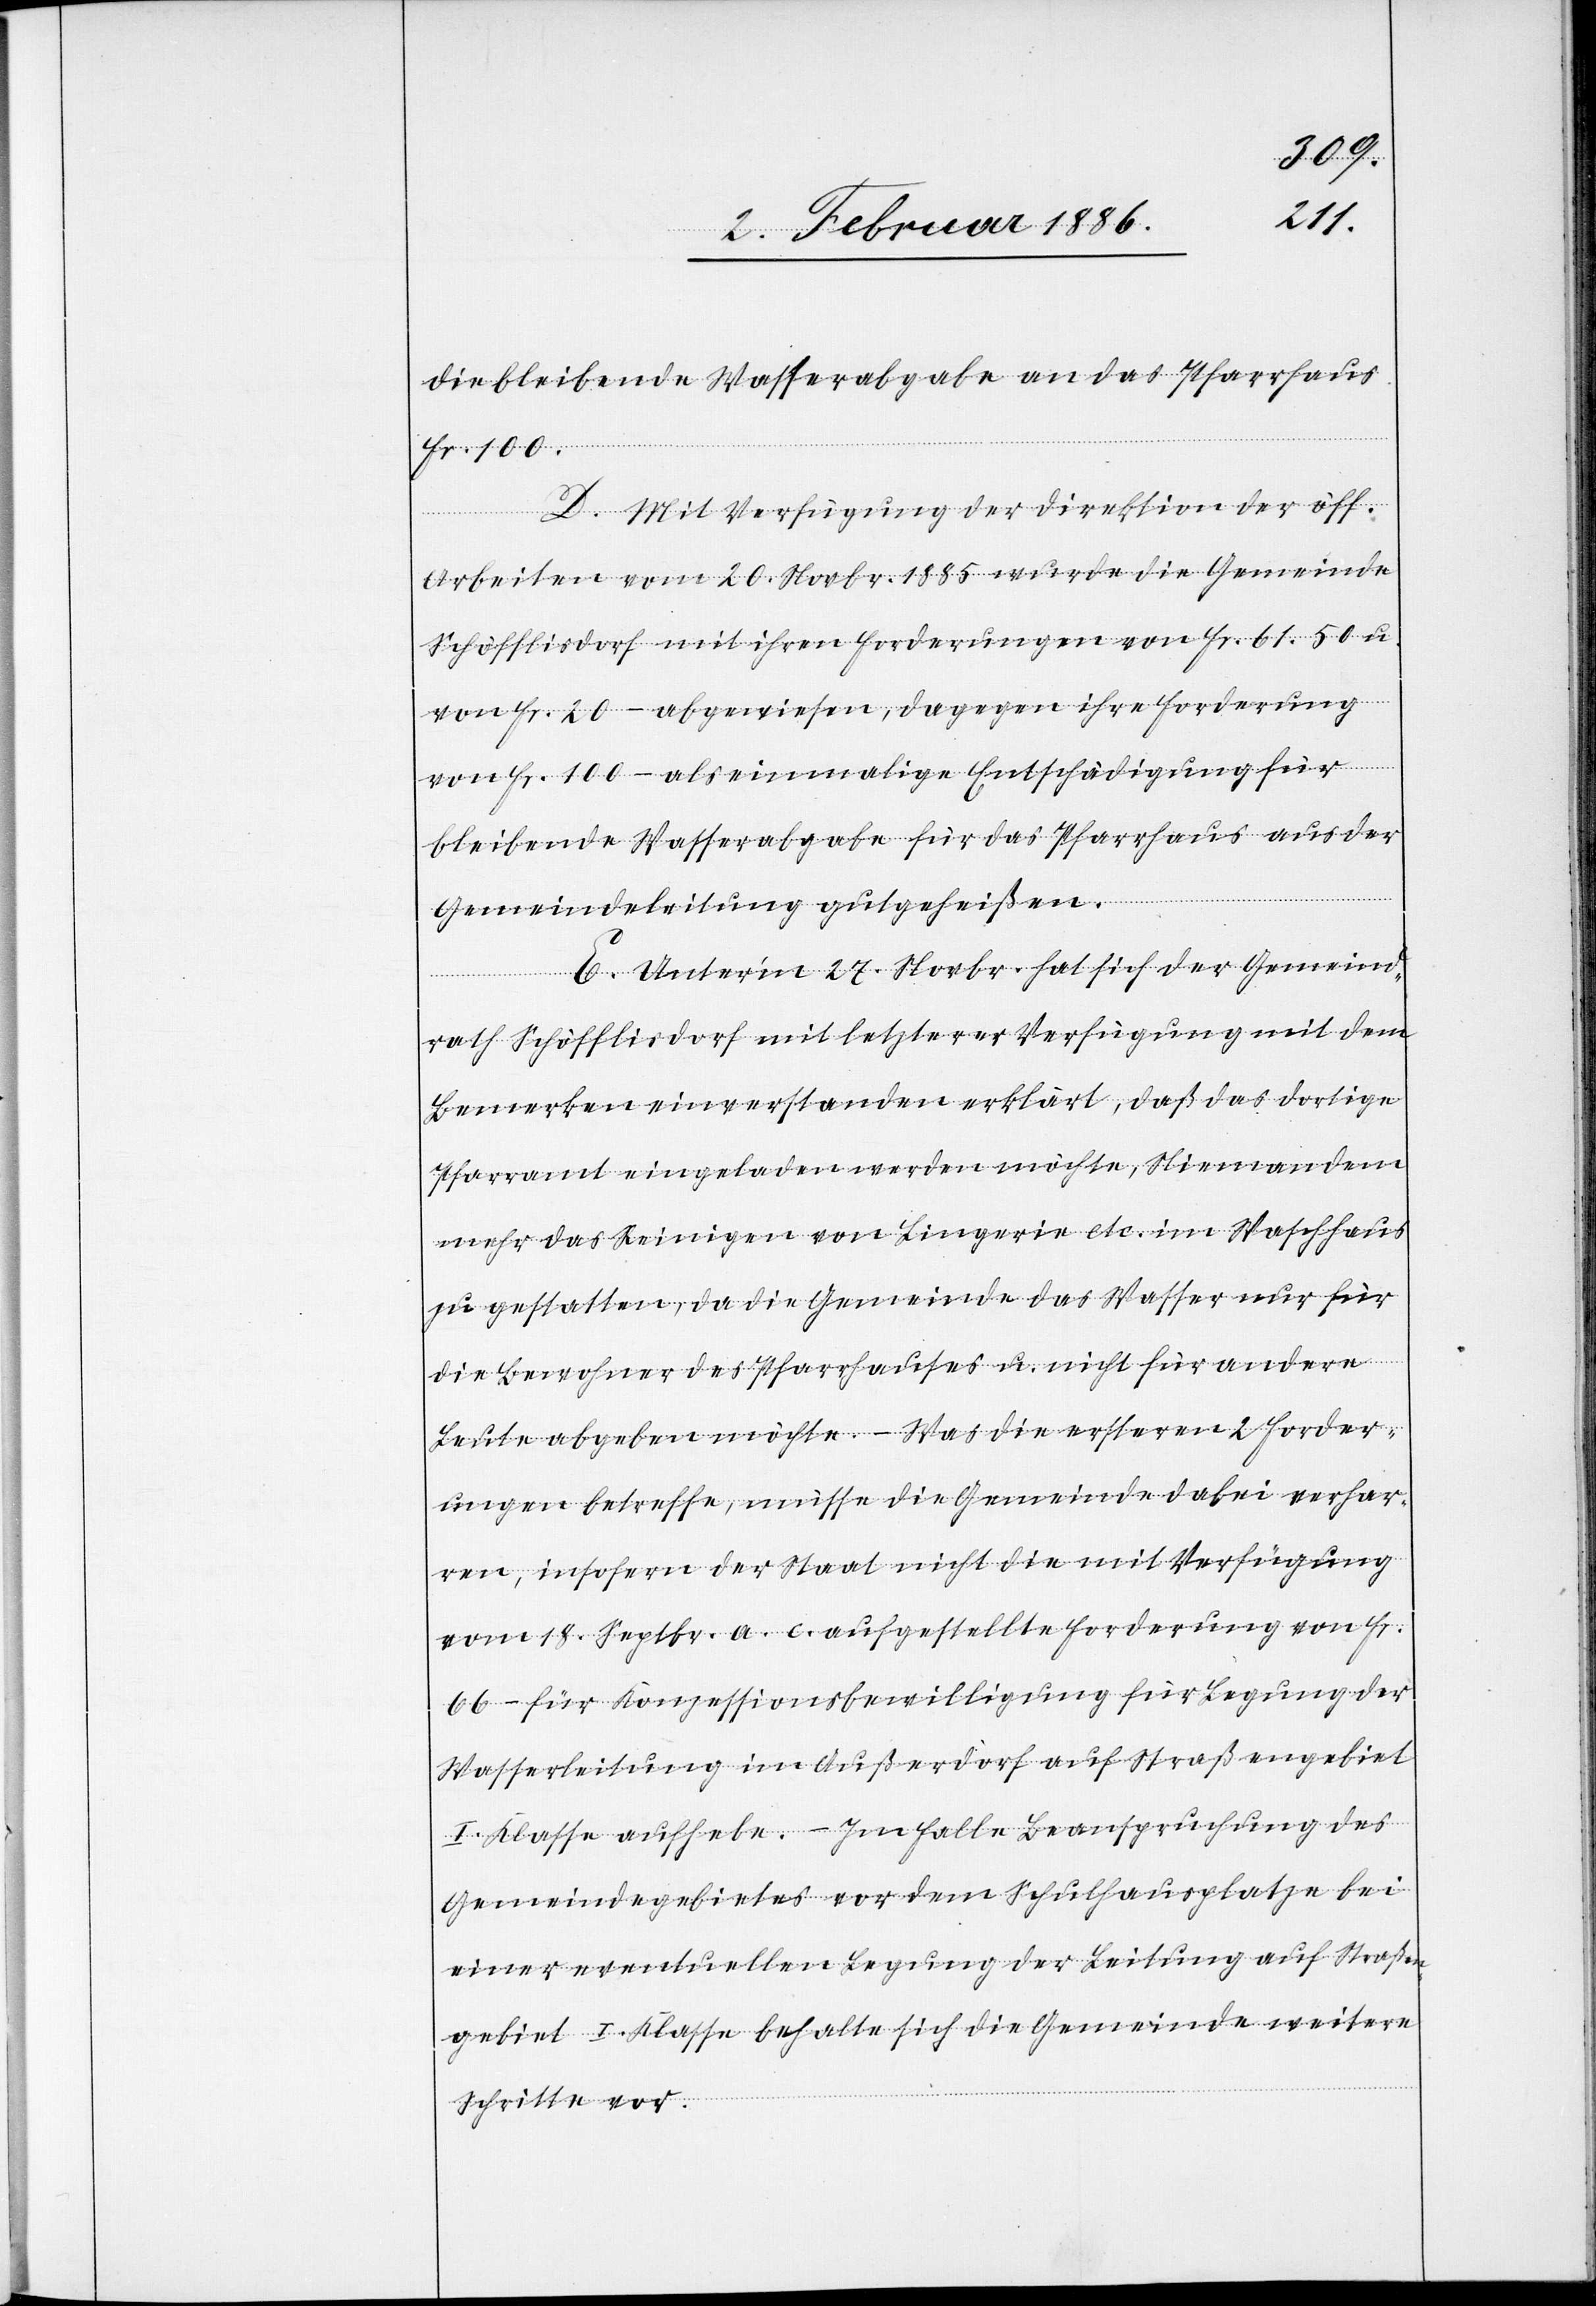
die bleibende Wasserabgabe an das Pfarrhaus
Fr. 100.
D. Mit Verfügung der Direktion der öff.
Arbeiten vom 20. Novbr. 1885 wurde die Gemeinde
Schöfflisdorf mit ihren Forderungen von Fr. 61. 50 u.
von Fr. 20.– abgewiesen, dagegen ihre Forderung
von Fr. 100.– als einmalige Entschädigung für
bleibende Wasserabgabe für das Pfarrhaus aus der
Gemeindeleitung gutgeheißen.
E. Unterm 27. Novbr. hat sich der Gemeind¬
rath Schöfflisdorf mit letzterer Verfügung mit dem
Bemerken einverstanden erklärt, daß das dortige
Pfarramt eingeladen werden möchte, Niemandem
mehr das Reinigen von Lingerie etc. im Waschhaus
zu gestatten, da die Gemeinde das Wasser nur für
die Bewohner des Pfarrhauses u. nicht für andere
Leute abgeben möchte. – Was die ersteren 2 Forder¬
ungen betreffe, müsse die Gemeinde dabei verhar¬
ren, insofern der Staat nicht die mit Verfügung
vom 18. Septbr. a. c. aufgestellten Forderungen von Fr.
66.– für Konzessionsbewilligung für Legung der
Wasserleitung im Außerdorf auf Straßengebiet
I. Klasse aufhebe. – Im Falle Beanspruchung des
Gemeindegebietes vor dem Schulhausplatze bei
einer eventuellen Legung der Leitung auf Straßen¬
gebiet I. Klasse behalten sich die Gemeinde weitere
Schritte vor.